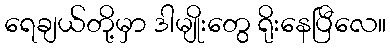
ရေချယ်တို့မှာ ဒါမျိုးတွေ ရိုးနေပြီလေ။